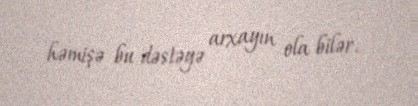
həmişə bu dəstəyə arxayın ola bilər.